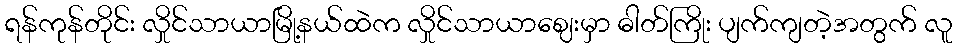
ရန်ကုန်တိုင်း လှိုင်သာယာမြို့နယ်ထဲက လှိုင်သာယာဈေးမှာ ဓါတ်ကြိုး ပျက်ကျတဲ့အတွက် လူ